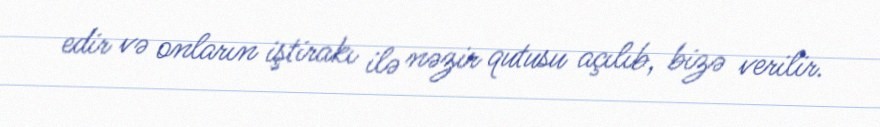
edir və onların iştirakı ilə nəzir qutusu açılıb, bizə verilir.